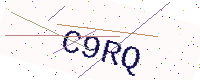
Text: C9RQ